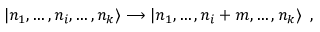
| n _ { 1 } , \dots , n _ { i } , \dots , n _ { k } \rangle \longrightarrow | n _ { 1 } , \dots , n _ { i } + m , \dots , n _ { k } \rangle \, \, \, ,